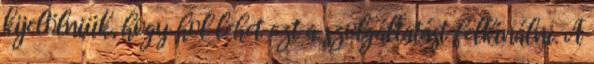
kijelölniük, hogy hol lehet ezt a szolgáltatást felkínálni. A